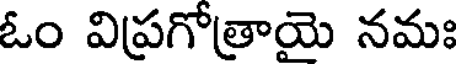
ఓం విప్రగోత్రాయె నమః